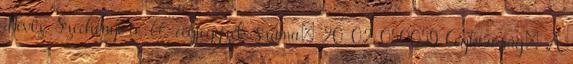
Hévíz, Széchenyi u. 66. cégjegyzék száma: 20-02-050059 Cégbíróság: A